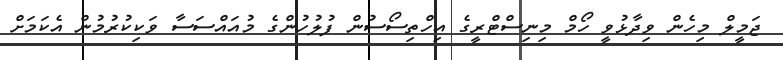
ޖަމީލް މިހެން ވިދާޅުވީ ހޯމް މިނިސްޓްރީގެ އިހްތިސޯސުން ފުލުހުންގެ މުއައްސަސާ ވަކިކުރުމުން އެކަމަށް